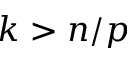
k > n / p